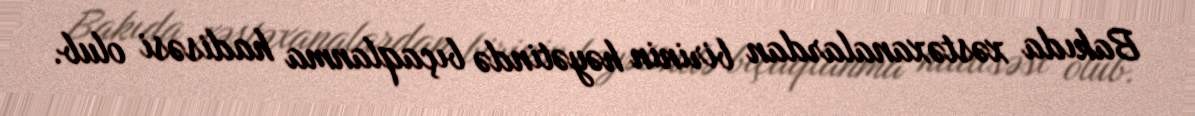
Bakıda xəstəxanalardan birinin həyətində bıçaqlanma hadisəsi olub.